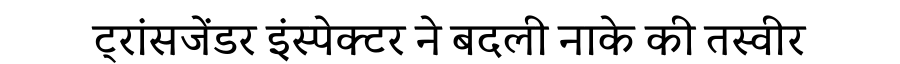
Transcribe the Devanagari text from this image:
ट्रांसजेंडर इंस्पेक्टर ने बदली नाके की तस्वीर